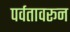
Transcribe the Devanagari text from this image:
पर्वतावरून